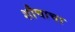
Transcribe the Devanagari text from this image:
शौचाचा